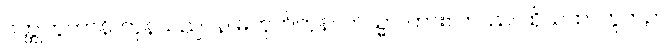
ဝတ္ထုဘူတာနိ၊ ကုန်သည်။ န၊ မဟုတ်ကုန်။ ကသ္မာ၊ ကား။ တဿ၊ ထိုယထာဘူတဉာ